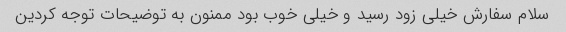
سلام سفارش خیلی زود رسید و خیلی خوب بود ممنون به توضیحات توجه کردین